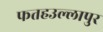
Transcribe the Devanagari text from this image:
फतहउल्लापुर